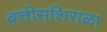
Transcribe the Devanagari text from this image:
बत्तीसशिराळा